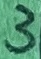
Text: 3